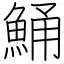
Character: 鯒